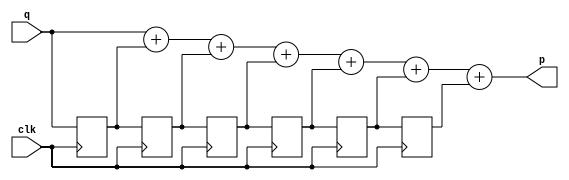
`timescale 1ns / 1ps
//////////////////////////////////////////////////////////////////////////////////
// Company: 
// Engineer: 
// 
// Design Name: 
// Module Name: expand_flag
// Project Name: 
// Target Devices: 
// Tool Versions: 
// Description: 
// 
// Dependencies: 
// 
// Revision:
// Revision 0.01 - File Created
// Additional Comments:
// 
//////////////////////////////////////////////////////////////////////////////////


module expand_flag(
    input clk,
    input q,
    output wire p
);

    reg r0_q, r1_q, r2_q, r3_q, r4_q, r5_q;

    always @(posedge clk) begin
        r0_q <= q;
        r1_q <= r0_q;
        r2_q <= r1_q;
        r3_q <= r2_q;
        r4_q <= r3_q;
        r5_q <= r4_q;
    end

    assign p = q + r0_q + r1_q + r2_q + r3_q + r4_q + r5_q;
endmodule